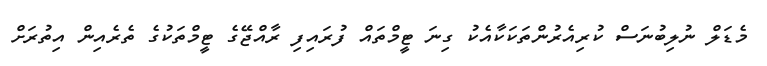
މެޑަލް ނުލިބުނަސް ކުރިއެރުންތަކަކާއެކު ގިނަ ޓީމްތައް ފުރައިފި ރާއްޖޭގެ ޓީމްތަކުގެ ތެރެއިން އިތުރަށް